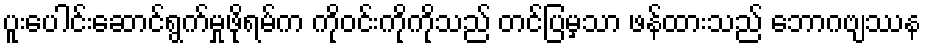
ပူးပေါင်းဆောင်ရွက်မှုဖိုရမ်က ကိုဝင်းကိုကိုသည် တင်ပြမှသာ ဖန်ထားသည် ဘောဂဗျဿန